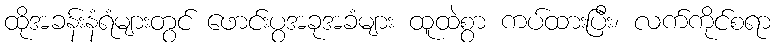
ထိုအခန်းနံရံများတွင် ဖောင်းပွအခုအခံများ ထူထဲစွာ ကပ်ထားပြီး၊ လက်ကိုင်စရာ